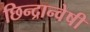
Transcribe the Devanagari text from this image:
छिन्‍द्रान्‍वेषी